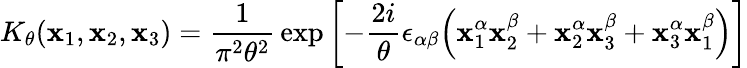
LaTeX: K_{\theta}(\mathbf{x}_{1},\mathbf{x}_{2},\mathbf{x}_{3})=\frac{{1}}{{\pi^{2}\theta^{2}}}\, \exp\left[-\frac{{2i}}{{\theta}}\epsilon_{\alpha\beta}\Bigl(\mathbf{x}_{1}^{\alpha}\mathbf{x}_{2}^{\beta}+\mathbf{x}_{2}^{\alpha}\mathbf{x}_{3}^{\beta}+\mathbf{x}_{3}^{\alpha}\mathbf{x}_{1}^{\beta}\Bigr)\right]